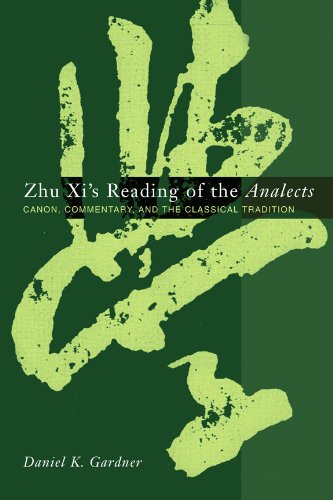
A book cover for Zhu Xi's Reading of the Analects: Canon, Commentary and the Classical Tradition (Asian Studies); Daniel Gardner; Religion & Spirituality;